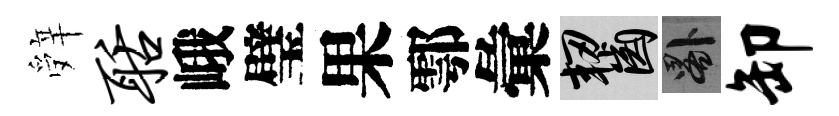
辤聒峨璧果鄠彙齧晷卸